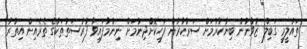
ތައުލީމީ ގަބިލް ޒުވާނުން ބިނާކުރުމަށް ސަރުކާރުން ފަހިކޮށްދިނުމަށް ނިންމާފައިވާ ފުރުސަތުތަކުގެ ތެރެއިން އިތުރު